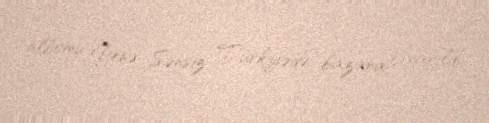
albomu Yenə Sənsiz Türkiyədə bazara çıxarıldı.